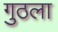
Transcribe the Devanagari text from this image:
गुठला